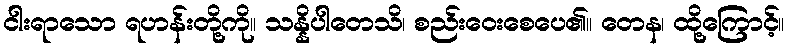
ငါးရာသော ရဟန်းတို့ကို။ သန္နိပါတေသိ၊ စည်းဝေးစေပေ၏။ တေန၊ ထို့ကြောင့်။